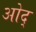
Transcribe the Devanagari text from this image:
ओद्